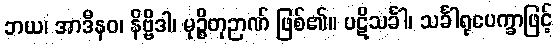
ဘယ၊ အာဒီနဝ၊ နိဗ္ဗိဒါ၊ မုဉ္စိတုဉာဏ် ဖြစ်၏။ ပဋိသင်္ခါ၊ သင်္ခါရုပေက္ခာဖြင့်